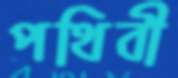
পথিবী